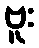
ဗူး